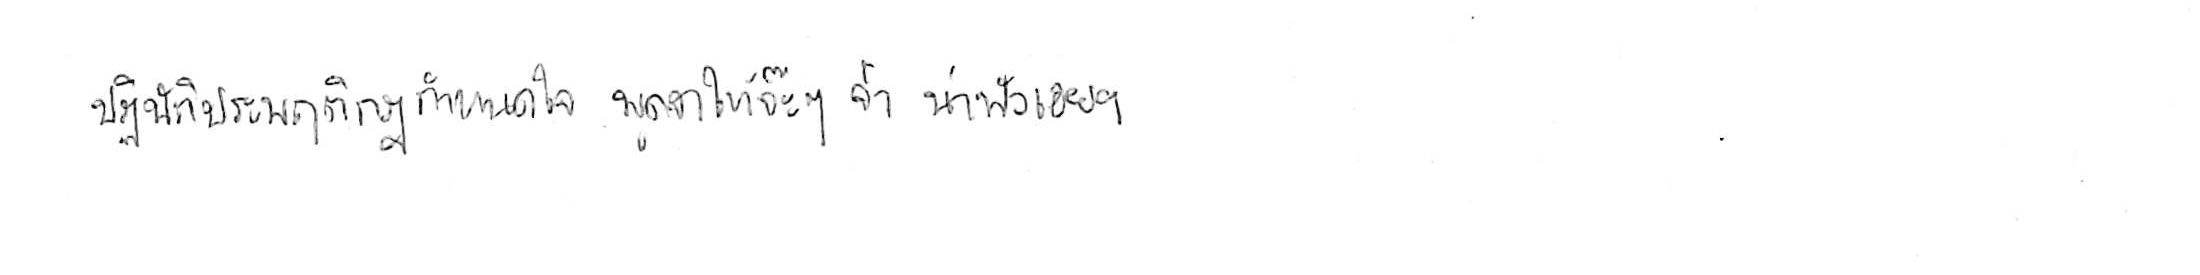
ปฏิบัติประพฤติกฎกำหนดใจ พูดจาให้จ๊ะๆ จ๋า น่าฟังเอยฯ